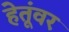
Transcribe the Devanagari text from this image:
हेतूंवर